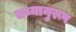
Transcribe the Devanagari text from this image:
तथ्यानुरूप